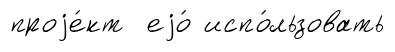
проjе́кт еjо́ испо́льзовать